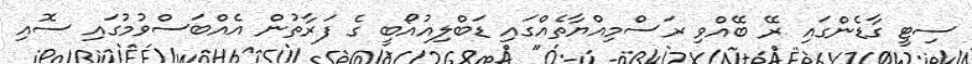
ސިޓީ ގާޑެންގައި ރޭ ބޭއްވި ރަސްމިއްޔާތެއްގައި ޑަބްލިއުއޯބީ ގެ ފަރާތުން އެއްބަސްވުމުގައި ސޮއި